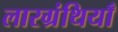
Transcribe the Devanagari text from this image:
लारग्रंथियाँ